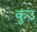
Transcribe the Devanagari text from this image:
कुउ